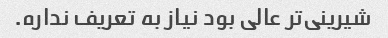
شیرینی‌تر عالی بود نیاز به تعریف نداره.